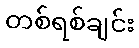
တစ်ရစ်ချင်း